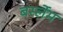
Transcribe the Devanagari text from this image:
बर्स्लेम